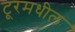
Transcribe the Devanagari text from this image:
टूरमधील